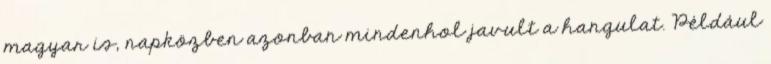
magyar is, napközben azonban mindenhol javult a hangulat. Például